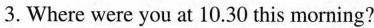
3. Where were you at 10.30 this morning?